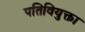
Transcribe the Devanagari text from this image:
पतिवियुक्ता